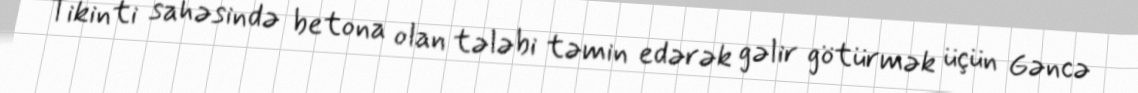
Tikinti sahəsində betona olan tələbi təmin edərək gəlir götürmək üçün Gəncə